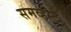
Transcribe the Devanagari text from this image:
समव्हाट